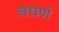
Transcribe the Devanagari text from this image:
बघणं